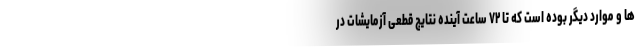
ها و موارد دیگر بوده است که تا ۷۲ ساعت آینده نتایج قطعی آزمایشات در